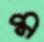
ম